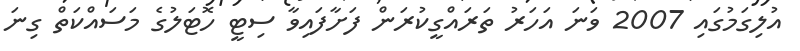
އުލިގަމުގައި 2007 ވަނަ އަހަރު ތަރައްގީކުރަން ފަށާފައިވާ ސިޓީ ހޮޓަލުގެ މަސައްކަތް ގިނަ